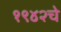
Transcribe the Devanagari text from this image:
१९४२चे